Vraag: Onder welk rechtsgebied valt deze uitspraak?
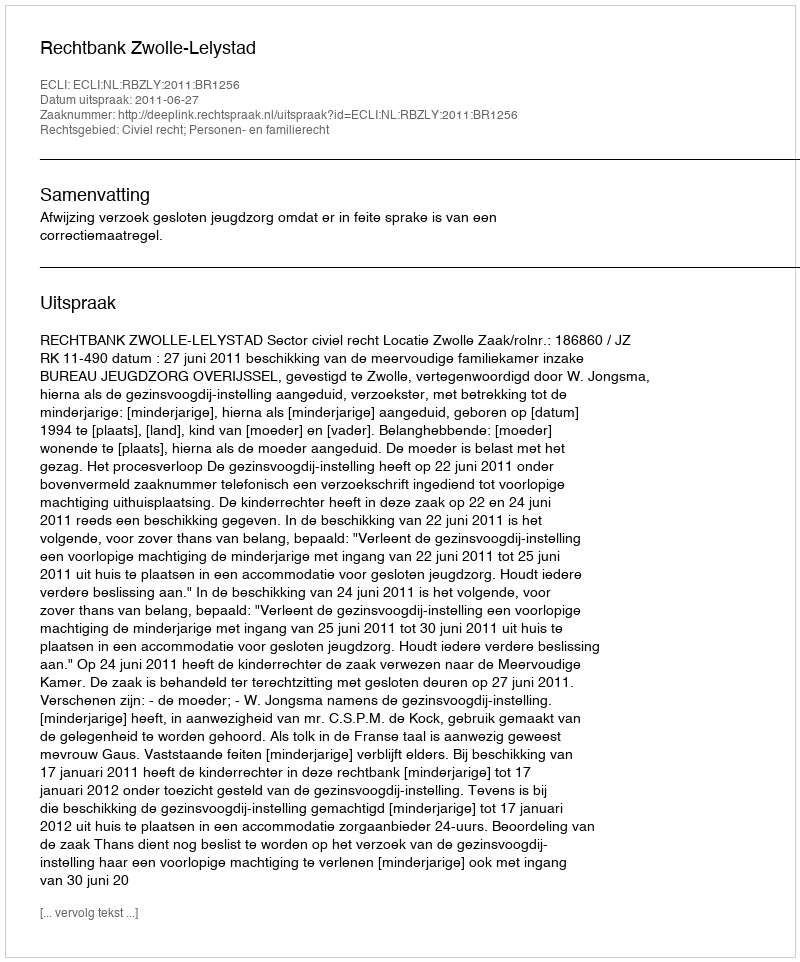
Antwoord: Civiel recht; Personen- en familierecht